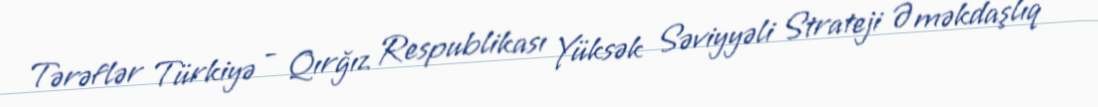
Tərəflər Türkiyə - Qırğız Respublikası Yüksək Səviyyəli Strateji Əməkdaşlıq